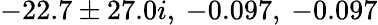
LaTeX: -22.7\pm 27.0i,\: -0.097,\: -0.097